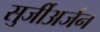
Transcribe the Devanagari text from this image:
सुर्जीअर्जन